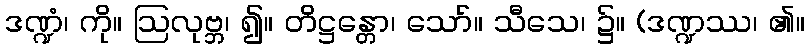
ဒဏ္ဍံ၊ ကို။ ဩလုဗ္ဘ၊ ၍။ တိဋ္ဌန္တော၊ သော်။ သီသေ၊ ၌။ (ဒဏ္ဍဿ၊ ၏။